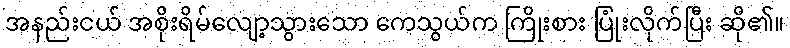
အနည်းငယ် အစိုးရိမ်လျော့သွားသော ကေသွယ်က ကြိုးစား ပြုံးလိုက်ပြီး ဆို၏။